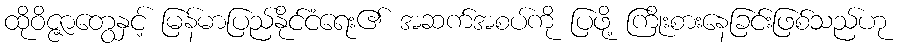
ထိုဝိဇ္ဇာတွေနှင့် မြန်မာပြည်နိုင်ငံရေး၏ အဆက်အစပ်ကို ပြဖို့ ကြိုးစားနေခြင်းဖြစ်သည်ဟု